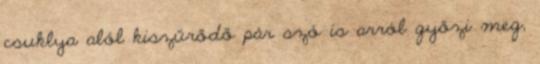
csuklya alól kiszűrődő pár szó is arról győzi meg,